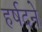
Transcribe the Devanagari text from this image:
हर्षदने